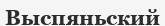
Выспяньский